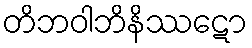
တိဘဝါဘိနိဿဋော